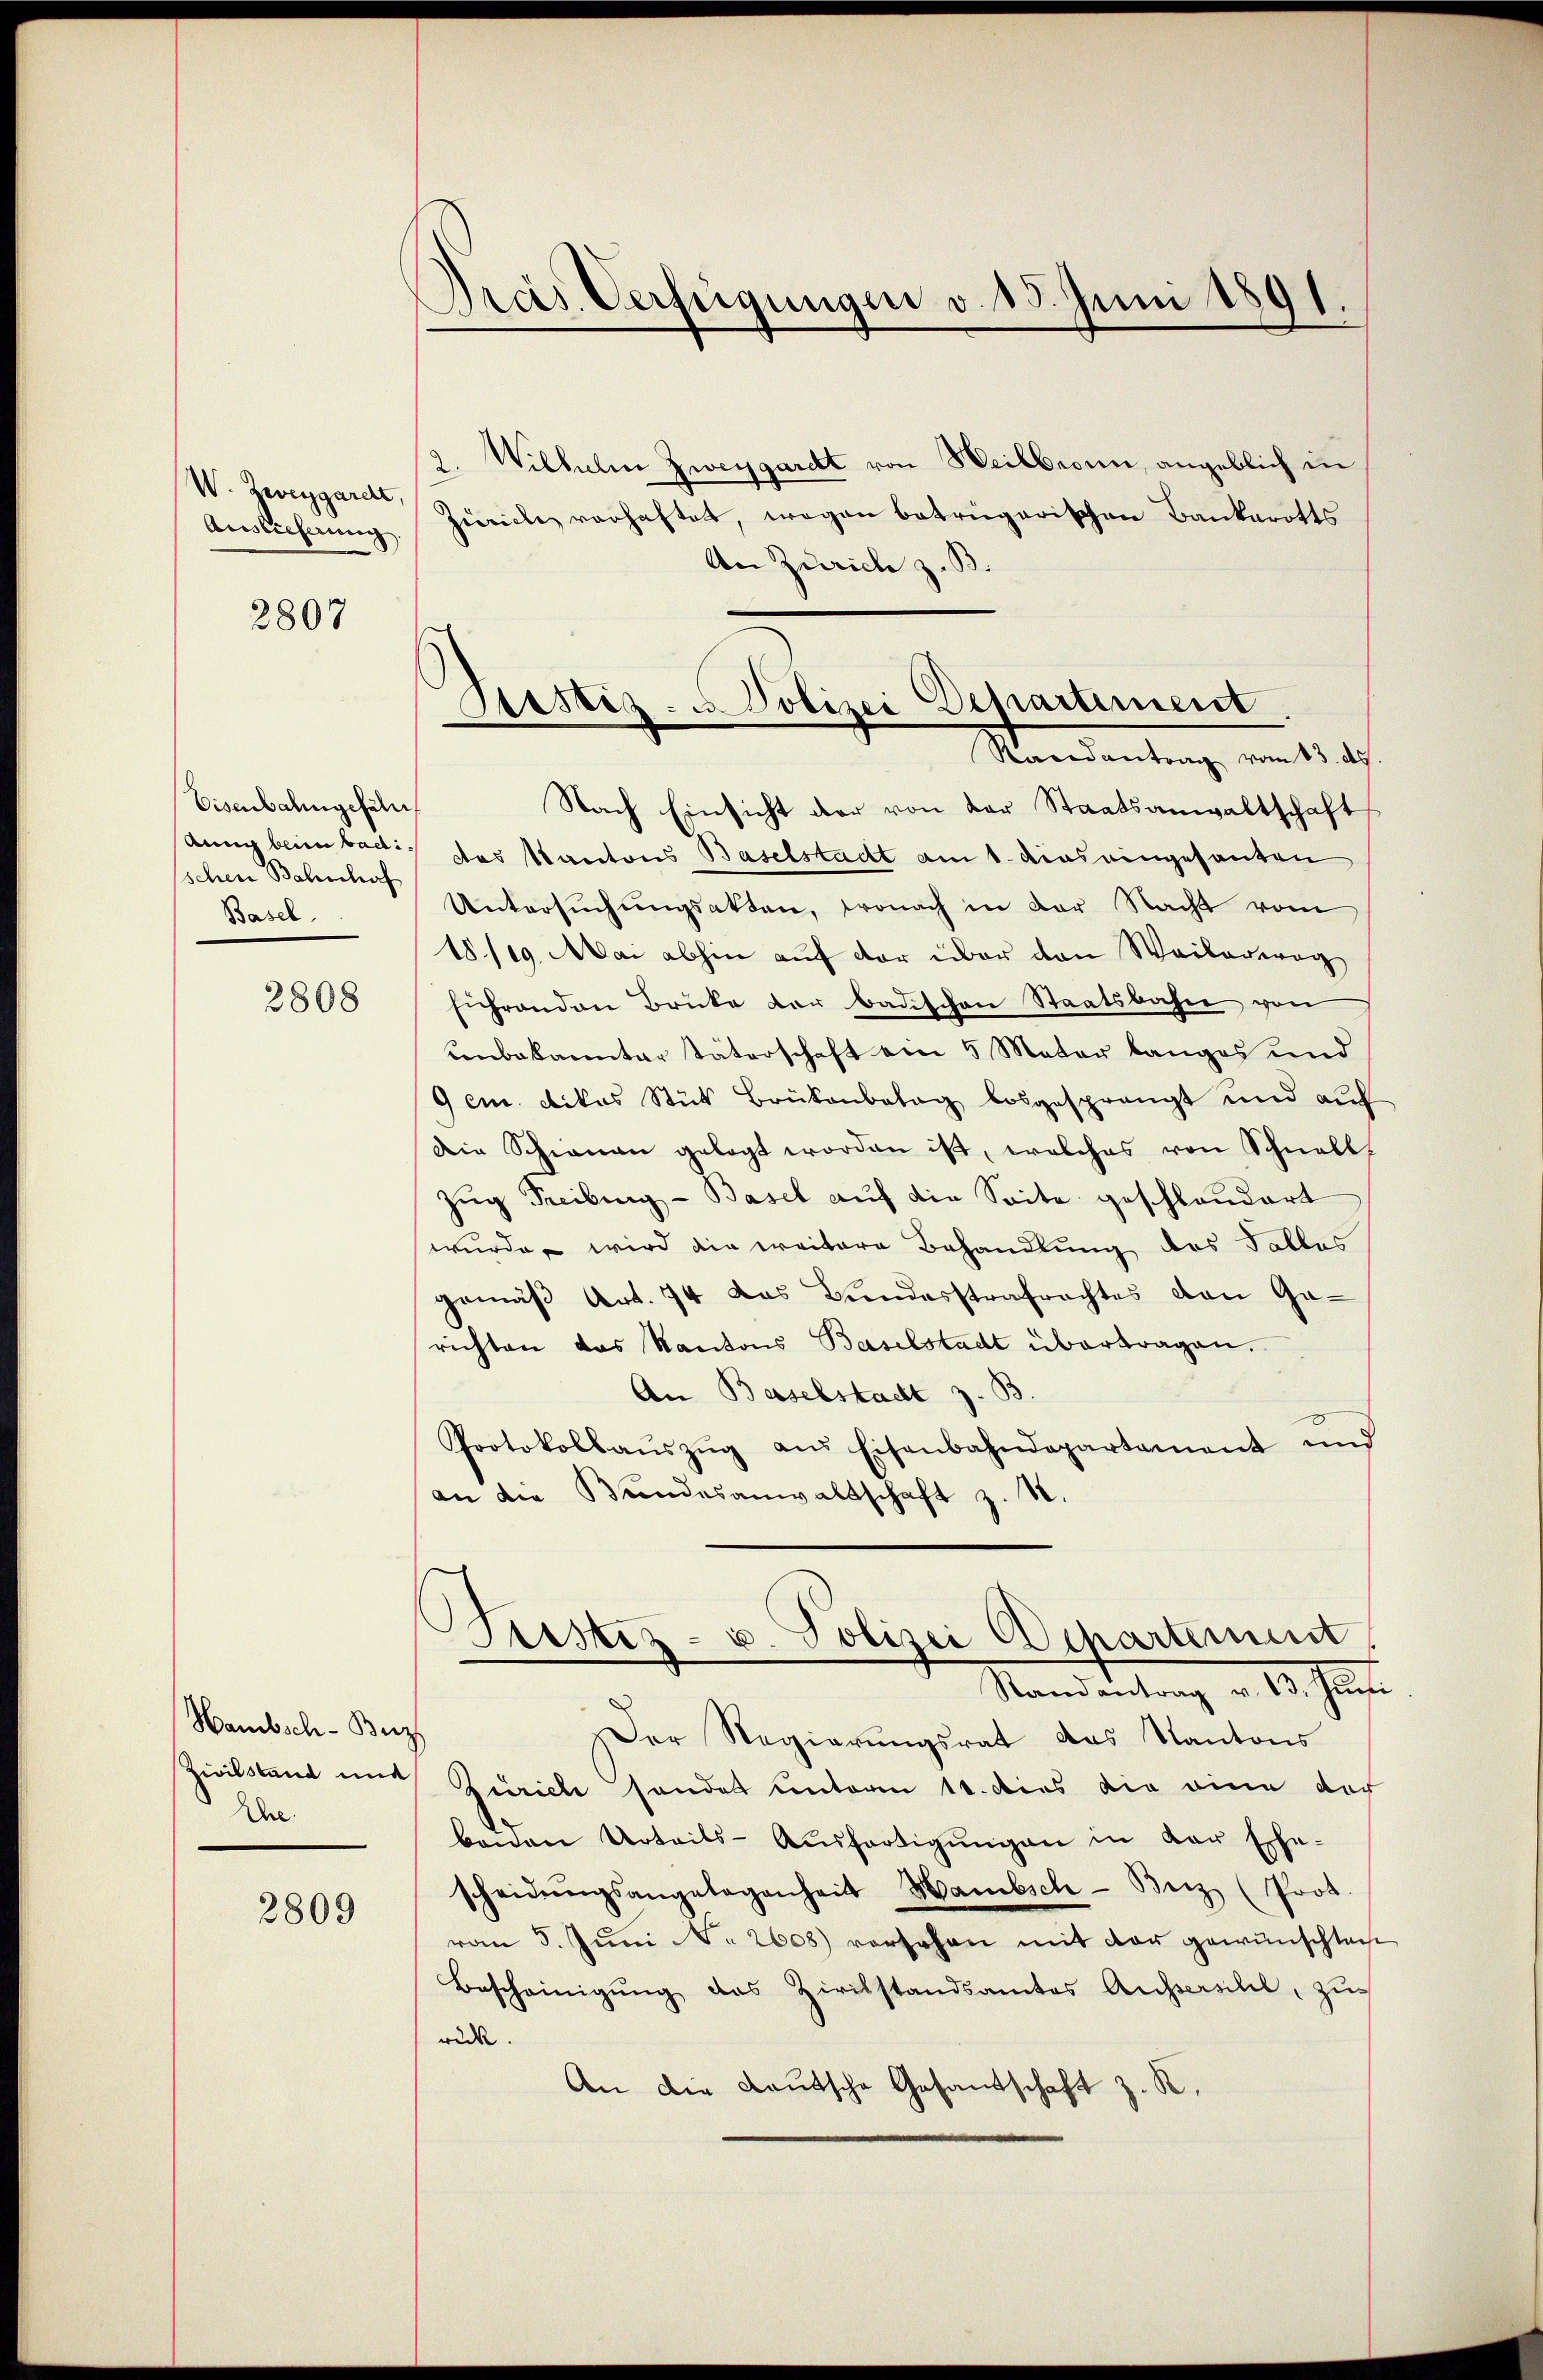
W. Zweygaret,
Auslieferung.

2807

Eisenbahngefeln,
schen Bahnhof
Basel

2808

Hambsch-Bez
Ahre.

2809

Pras Verfügungen v. 15. Juni 1891

Sistiz- u. Polizei Departement
Mandantrag vom 14. d.
Nach Einsicht der von der Staatsanwaltschaft

Wilhelm Zweygardt von Heilbronn, angeblich in
2.
jüriche verhaftet, wegen betrügerischen Bankarotts
An Zürich z. B.
dung beim badis das Kantons Baselstadt am 1. das eingesanten
Untersuchungsakten, wonach in der Nacht vom
18/19. Mai abhin auf der über den Weilerweg
sihrenden Brücke der badischen Staatsbahn von
unbekannter Täterschaft ein 5 Mater banges und
Gem. Dikas Stück Brükenbatag losgesprängt und auf
Die Schienau gelegt worden ist, welches von Schnell,
Zug Freibung - Basel auf die Seite geschlandert
wurde, wird die weitere Behandlung des Falles
gemäβ Art. 74 das Bundesstrafrachtes den Garichten das Kantons Baselstadt übertragen.
An Baselstadt z. B.
Protokollaŭszŭg aŭs Eisenbahndepartament und
an die Bundesanwaltschaft z. B.
ustiz- u. Polizei Departement
Standeutung v. 19. Jus
Der Regierungsrat das Kantons
Zivilstand und Zürich sondet unterm 10. dies die eine der
baŭen Urteils-Ausfertigŭngen in der Ehe-
scheidŭngsangelegenheit Hambsch - Beiz (Prot.
von 5. Juni No 2608) versehen mit der gewünschten
Bescheinigŭng das Zivilstandsamtes Aussersihl, zŭ
rück.
An die Lautsche Gesantschaft z. K.